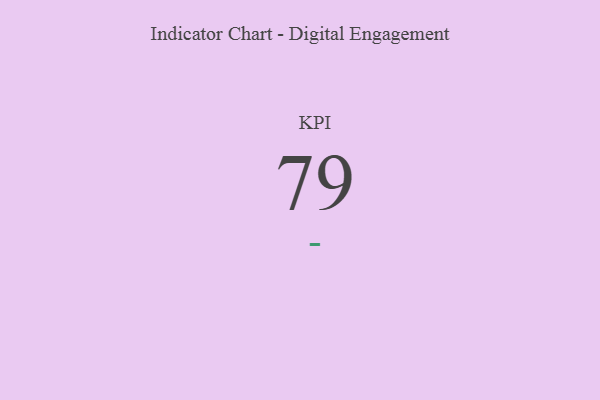
{"axis": {"x": "KPI", "y": "Value"}, "legend": [""], "data": [{"x": "KPI", "y": 79, "type": ""}]}